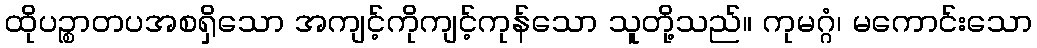
ထိုပဉ္စာတပအစရှိသော အကျင့်ကိုကျင့်ကုန်သော သူတို့သည်။ ကုမဂ္ဂံ၊ မကောင်းသော